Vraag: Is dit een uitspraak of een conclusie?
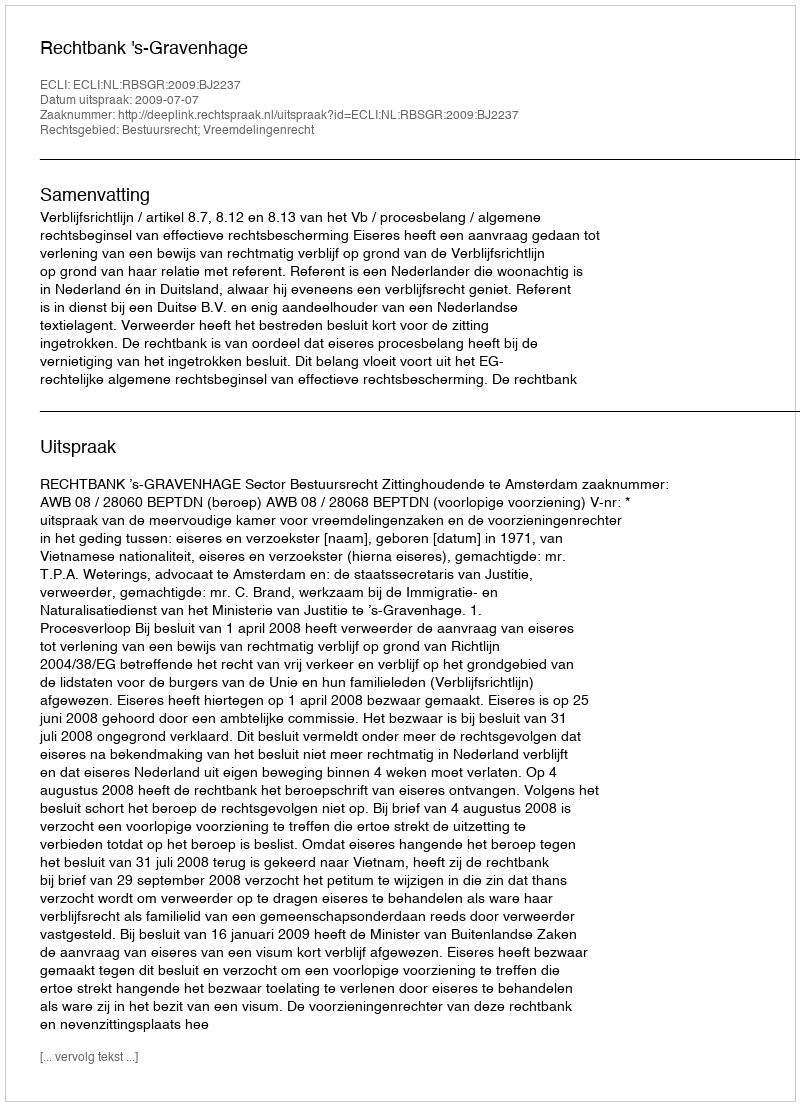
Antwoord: Uitspraak